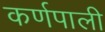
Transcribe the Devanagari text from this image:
कर्णपाली